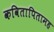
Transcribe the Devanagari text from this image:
कवितापितामह